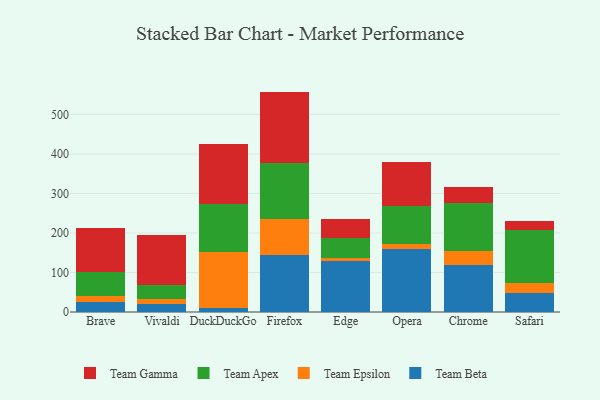
{"axis": {"x": "Browser", "y": "Active Users"}, "legend": ["Team Apex", "Team Beta", "Team Epsilon", "Team Gamma"], "data": [{"x": "Brave", "y": 25.3, "type": "Team Beta"}, {"x": "Brave", "y": 15.5, "type": "Team Epsilon"}, {"x": "Brave", "y": 59.6, "type": "Team Apex"}, {"x": "Brave", "y": 112.4, "type": "Team Gamma"}, {"x": "Vivaldi", "y": 20.0, "type": "Team Beta"}, {"x": "Vivaldi", "y": 13.6, "type": "Team Epsilon"}, {"x": "Vivaldi", "y": 35.6, "type": "Team Apex"}, {"x": "Vivaldi", "y": 126.7, "type": "Team Gamma"}, {"x": "DuckDuckGo", "y": 8.9, "type": "Team Beta"}, {"x": "DuckDuckGo", "y": 141.9, "type": "Team Epsilon"}, {"x": "DuckDuckGo", "y": 121.4, "type": "Team Apex"}, {"x": "DuckDuckGo", "y": 153.2, "type": "Team Gamma"}, {"x": "Firefox", "y": 144.3, "type": "Team Beta"}, {"x": "Firefox", "y": 92.0, "type": "Team Epsilon"}, {"x": "Firefox", "y": 141.9, "type": "Team Apex"}, {"x": "Firefox", "y": 179.5, "type": "Team Gamma"}, {"x": "Edge", "y": 128.6, "type": "Team Beta"}, {"x": "Edge", "y": 7.6, "type": "Team Epsilon"}, {"x": "Edge", "y": 52.3, "type": "Team Apex"}, {"x": "Edge", "y": 45.8, "type": "Team Gamma"}, {"x": "Opera", "y": 159.9, "type": "Team Beta"}, {"x": "Opera", "y": 11.3, "type": "Team Epsilon"}, {"x": "Opera", "y": 98.3, "type": "Team Apex"}, {"x": "Opera", "y": 111.3, "type": "Team Gamma"}, {"x": "Chrome", "y": 118.8, "type": "Team Beta"}, {"x": "Chrome", "y": 36.3, "type": "Team Epsilon"}, {"x": "Chrome", "y": 119.6, "type": "Team Apex"}, {"x": "Chrome", "y": 41.4, "type": "Team Gamma"}, {"x": "Safari", "y": 48.7, "type": "Team Beta"}, {"x": "Safari", "y": 25.0, "type": "Team Epsilon"}, {"x": "Safari", "y": 134.3, "type": "Team Apex"}, {"x": "Safari", "y": 21.1, "type": "Team Gamma"}]}